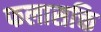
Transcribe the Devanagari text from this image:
फलासक्ति